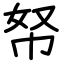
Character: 帑